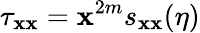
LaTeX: \tau_{\mathbf{x}\mathbf{x}}=\mathbf{x}^{2m}s_{\mathbf{x}\mathbf{x}}(\eta)